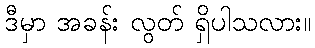
ဒီမှာ အခန်း လွတ် ရှိပါသလား။